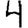
Digit: 4